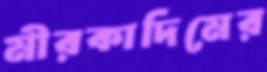
মীরকাদিমের